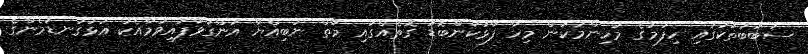
ސަބަބުތަކުގައި ހިފުމުގެ މުހިންމުކަން މިހާ ފާޅުކަންބޮޑު ގޮތެއްގައި މާތް ނަބިއްޔާ އަންގަވާފައިވުމާއެކު އަޅުގަނޑުމެންގެ